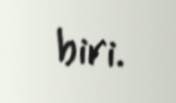
biri.